Bréfritari: Guðlaug Sigurðardóttir
Viðtakandi: Halldór Jónsson
Dagsetning: A-1878-10-02
Skrifað á: Hallormsstað  S-Múl.
Valgerður er kona Halldórs

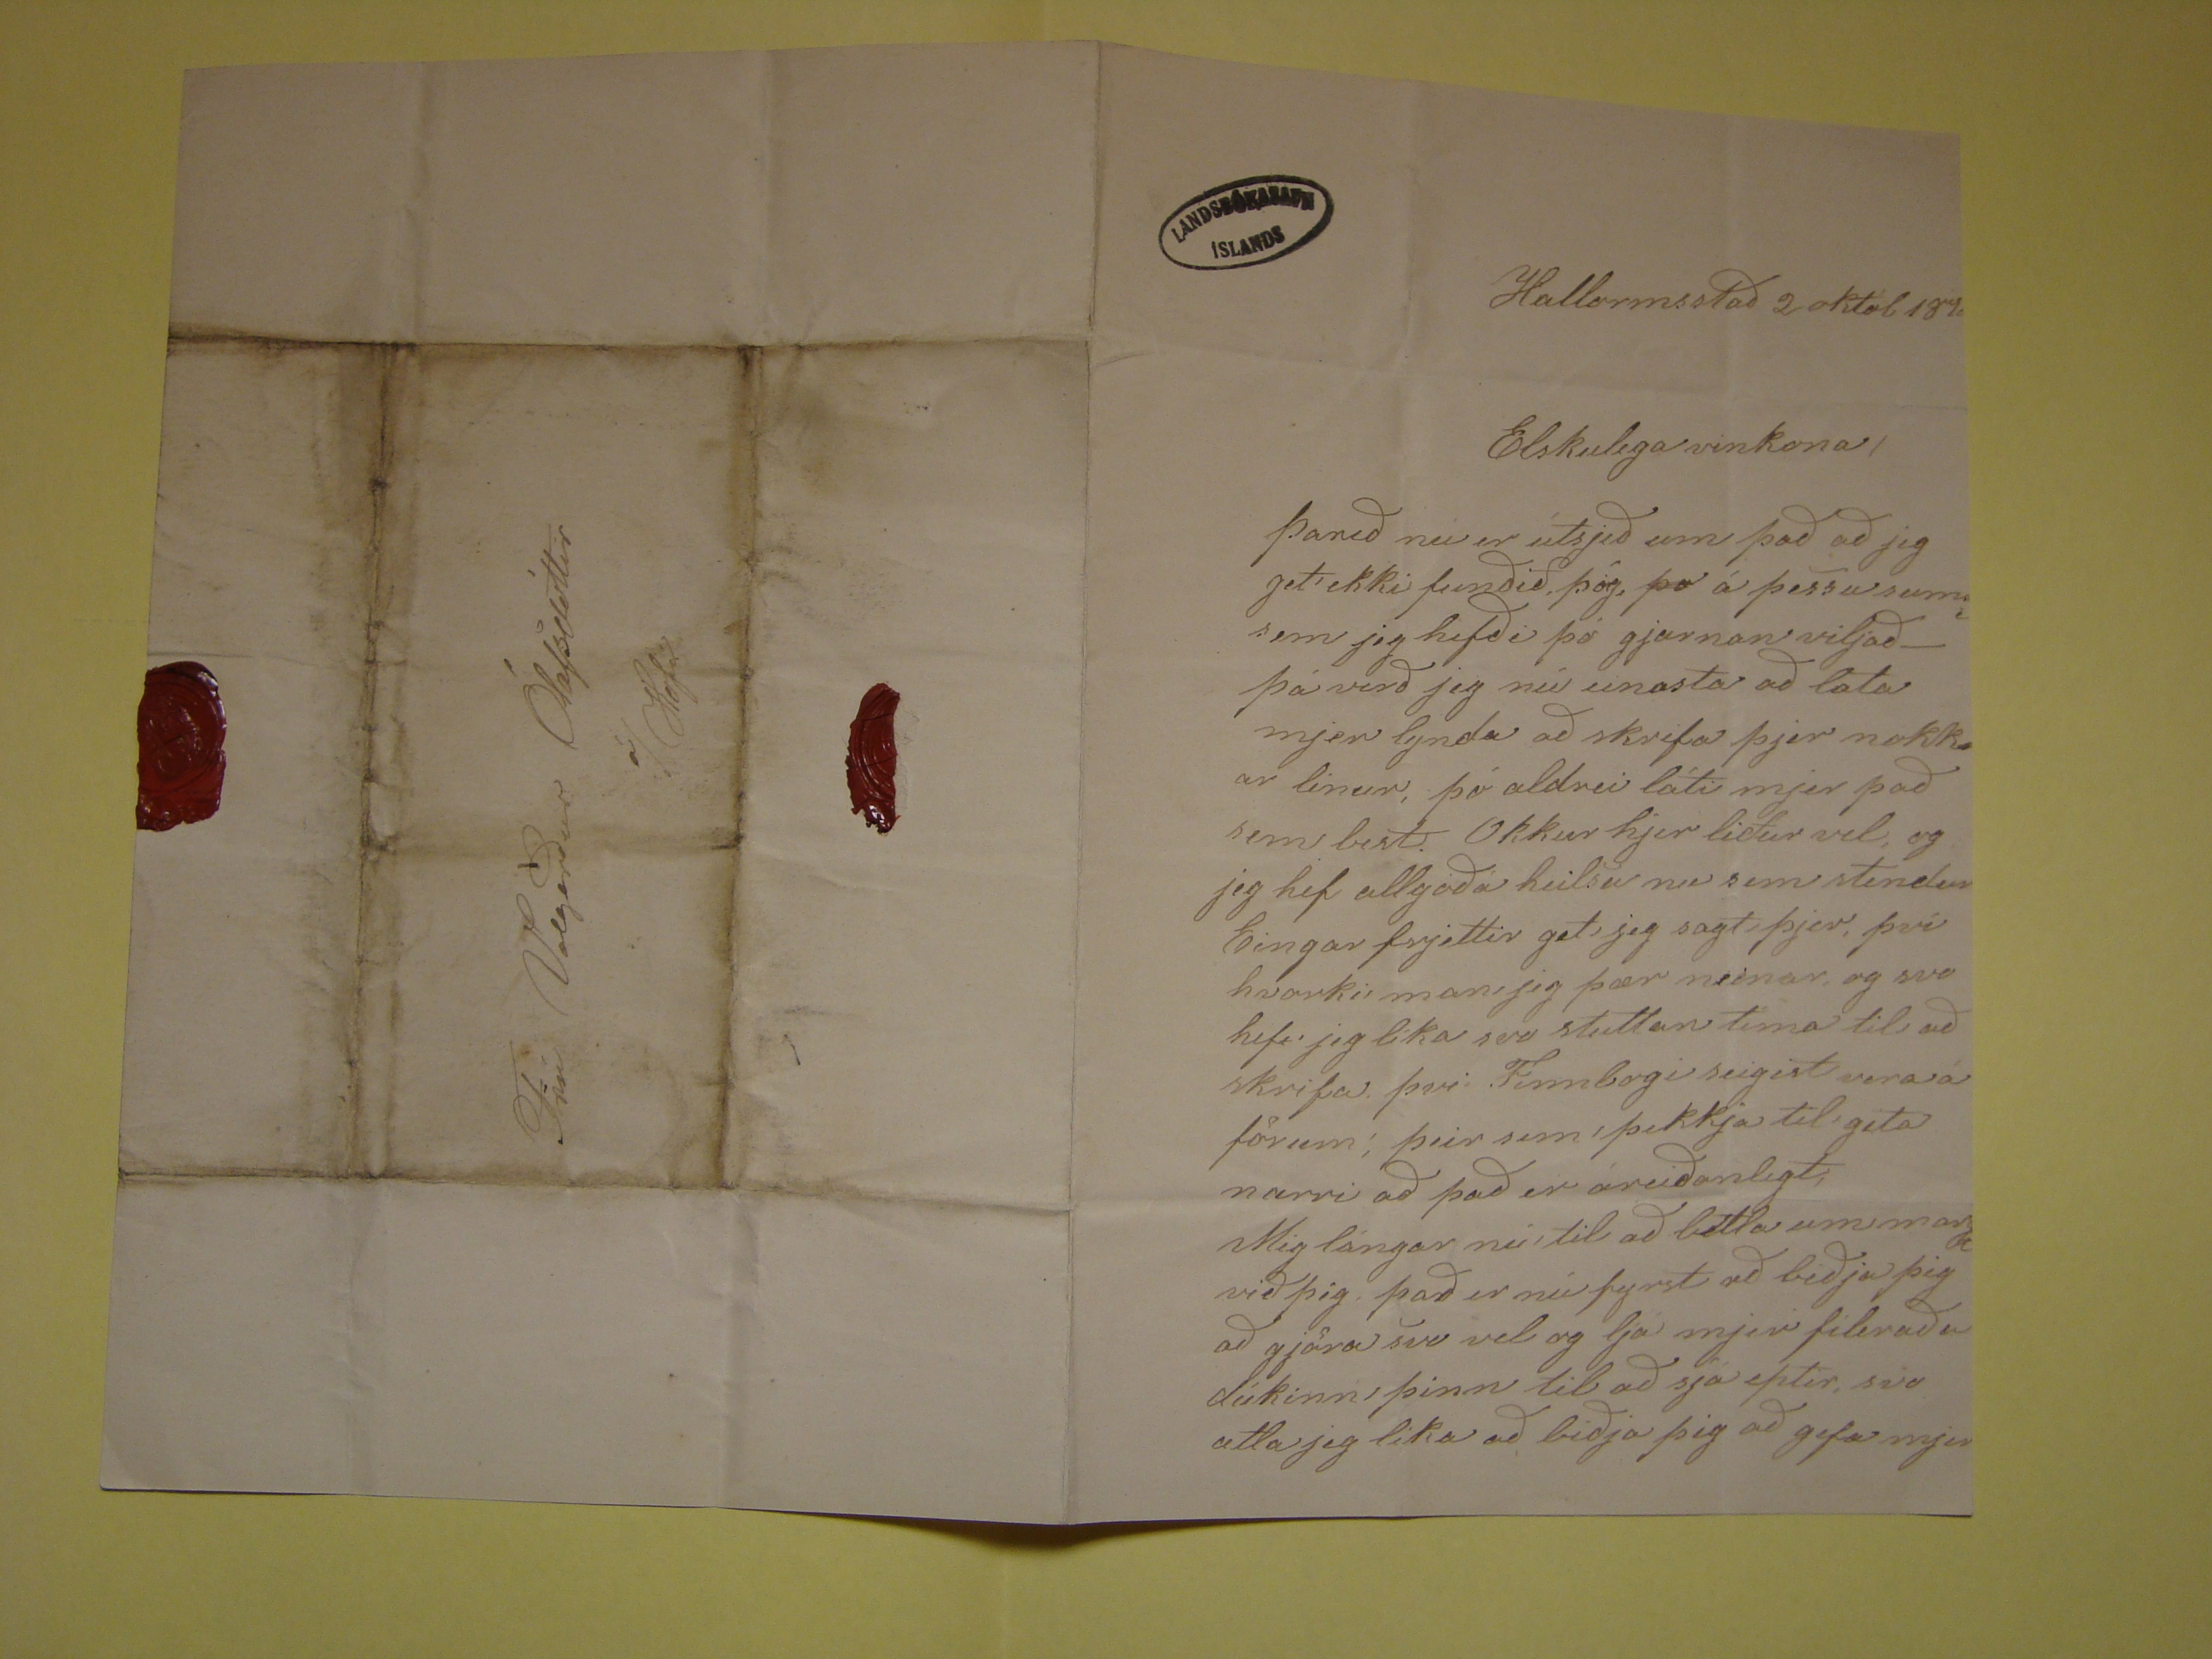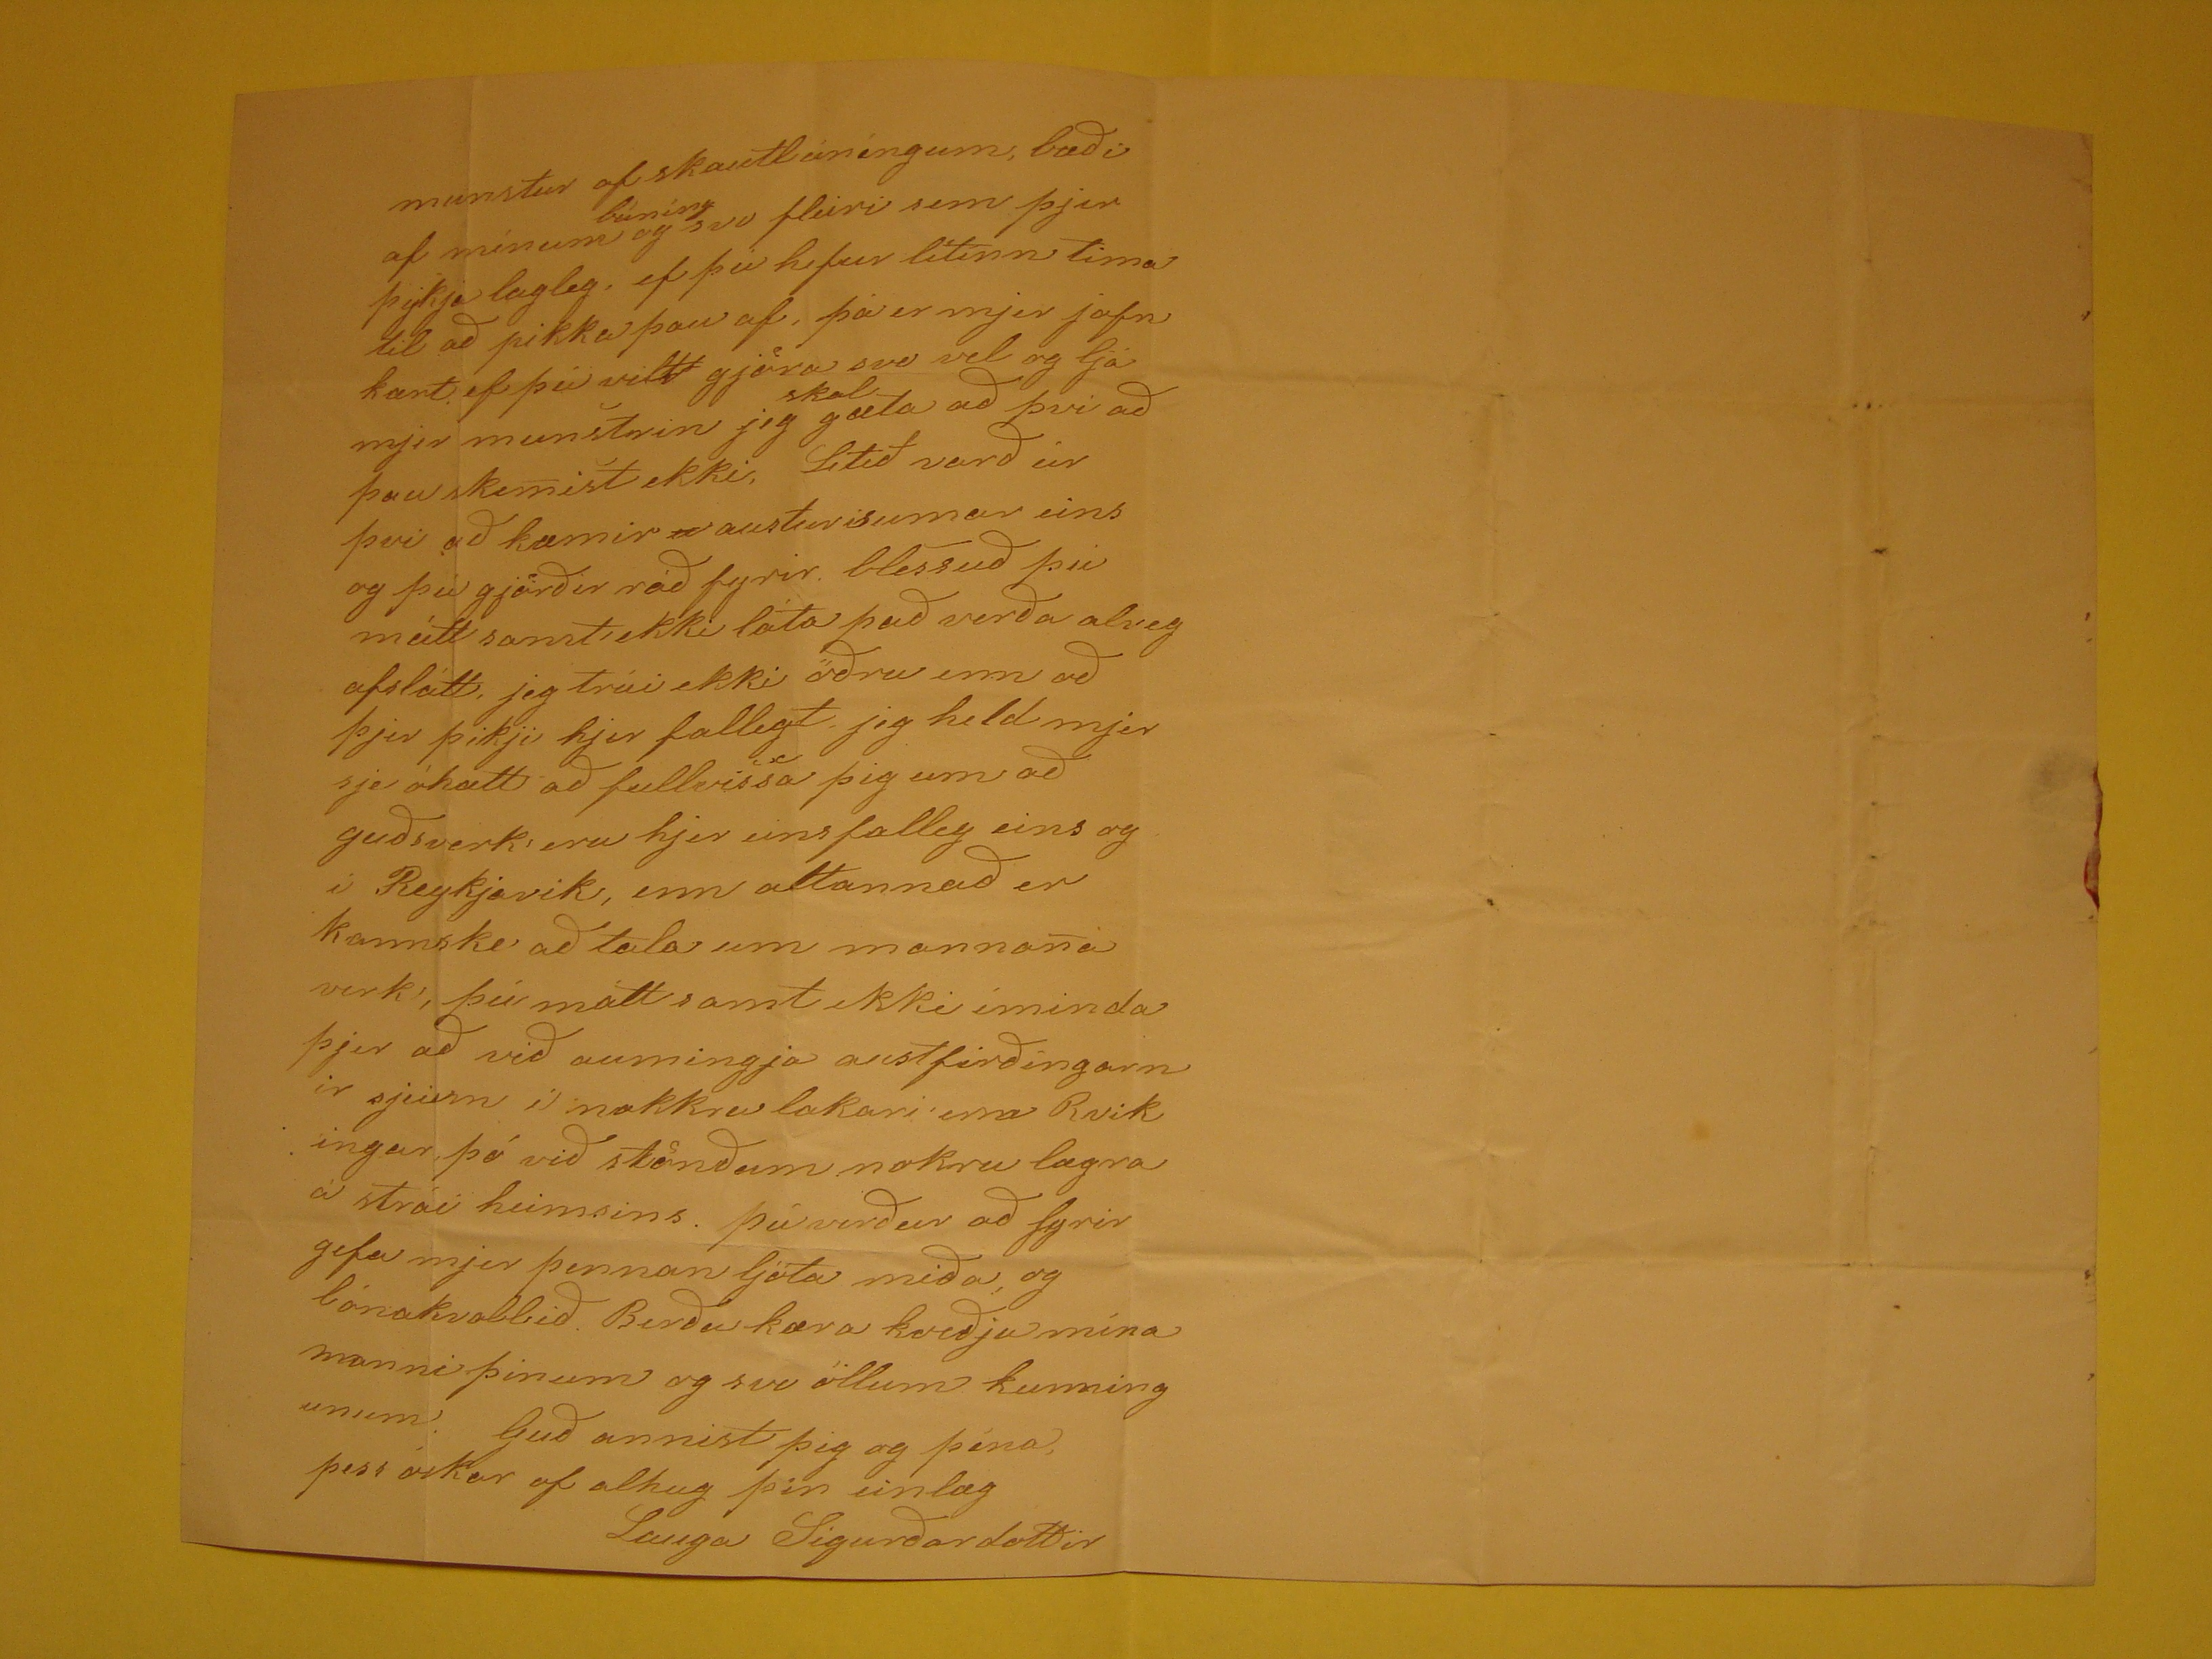

Hallormsstað 2 októb 189
8
Elskulega vinkona,
Þareð nu er útsjeð um það að jeg get ekki fundið, þóg,
þo
á þessu sum
ri
sem jeg hefði
þó gjarnan vilja - þá verð jeg nú einasta að lata mjer lynda að skrifa þjer nokkrar linur, þó aldrei láti mjer það sem best. Okkur hjer liður vel, og heg hef allgóða
heilsu nu sem stendur Eingar frjettir get jeg sagt þjer, því hvorki man, jeg þær neinar, og svo hefi jeg líka svo stuttan tíma til að skrifa því. Finnbogi seigist vera á
förum; þeir sem þekkja til geta nærri að það er áreiðanlegt, Mig lángar nú, tl að
betla
um
mark
við þig, það er nú fyrst
að biðja þig að gjöra svo vel og ljá mejr fileraða dúkinn, þinn til að sjá eptir, svo alta jeg líka að biðja þig að gefa mjer
munstur af skautlunginum, bæði af mínum
búning
og svo fleiri sem þjer þykja lagleg, ef þú hefur lítinn tíma
til að pikka þau af, þá er mjer jafn kært ef þú vilt gjöra svo vel og ljá mjer munstrin jeg
skal
gæta að því að
þau skemist ekki, Lítið varð úr því að kæmir
u
austurisumar eins og þú gjörðir ráð fyrir blessuð þu mátt samt ekki
láta það verða alveg afslátt, jeg trúi ekki öðru enn að þjer þikji hjer fallegt, jeg held mjer sje óhætt að fullvissa þig um að guðsverk eru hjer eins falleg eins og í
Reykjavik, enn attannað er kannske að tala um mannana verk, þú mátt samt ekki íminda þjer að við aumingja austfirðingarnir sjeum í nokkru lakari enn Rvikingar
þó við stönðum nokru lægra á strái heimsins. þú verður að fyrirgefa mjer þennan ljóta miða og bónakvabbið. Berðu kær kveðju mína manni þinum og svo öllum
kunningunum. Guð annist þig og þína, þess óskar af alhug þin einlæg
Lauga Sigurðardottir
Frú Valgerður Ólafsdóttir
Í Hofi